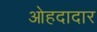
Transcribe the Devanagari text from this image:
ओहदादार